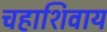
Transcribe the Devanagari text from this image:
चहाशिवाय